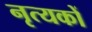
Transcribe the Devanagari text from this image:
नृत्यकों